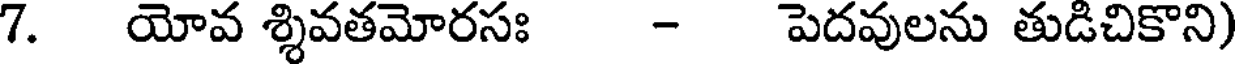
7. యోవ శ్శివతమోరసః - పెదవులను తుడిచికొని)